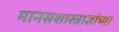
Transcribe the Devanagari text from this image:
मानसशास्त्राज्ञांच्या